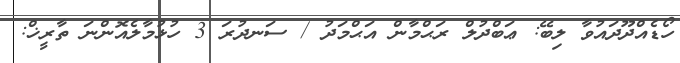
ހޯޑެއްދޫދައުވާ ލިބޭ: ޢަބްދުލް ރަޙްމާން އަޙްމަދު / ސަނދުރަ 3 ހުޅުމާލެއޮންނަ ތާރީޚް: